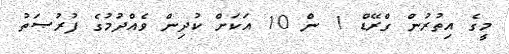
މީގެ އިތުރުން ގްރޭޑް 1 ން 10 އަކަށް ކުދިން ވެއްދުމުގެ ފުރުޞަތު